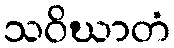
သဝိဃာတံ